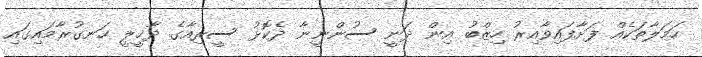
ހަމަލާތަކެއް ފަށާފައިވާއިރު ހިޒްބު އިން ދަނީ ސުންނީނާ ދެކޮޅު ސީރިއާގެ ދާޚީލީ ހަނގުރާމައިގައި